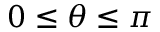
0 \leq \theta \leq \pi